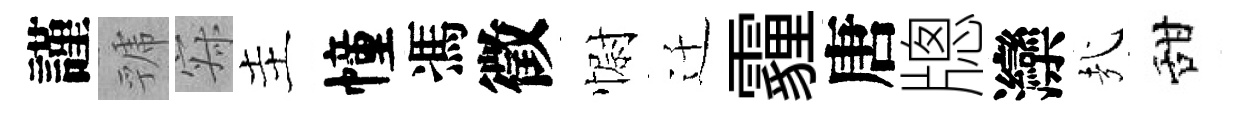
謹虢寂主幢馮徵𢠢迁霾唐牕灤㢤甜